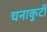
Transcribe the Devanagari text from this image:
चनाकुटी